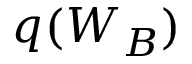
q ( W _ { B } )